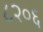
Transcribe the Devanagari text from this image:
८२०६